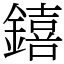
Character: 𨭎